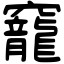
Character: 竉